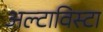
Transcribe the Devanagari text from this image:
अल्टाविस्टा